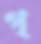
গ্